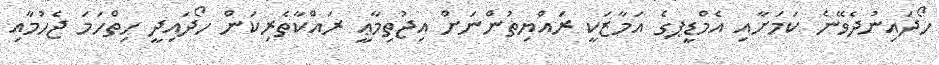
ހޯދައިނުދެވޭނެ ކަމަށާއި އެމްޑީޕގެ އަމާޒަކީ ރައްޔިތުންނަށް އިޖުތިމާޢީ ރައްކާތެރިކަން ހޯދައިދީ ހިތްހަމަ ޖެހުމާއި